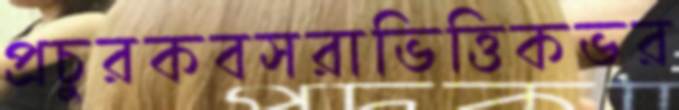
প্রচুরকবসরাভিত্তিকভর